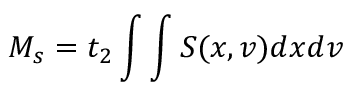
M _ { s } = t _ { 2 } \int \int S ( x , v ) d x d v